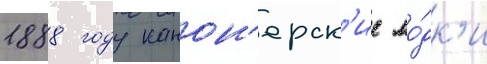
1888 году канон'ерск'ие ло́дк'и